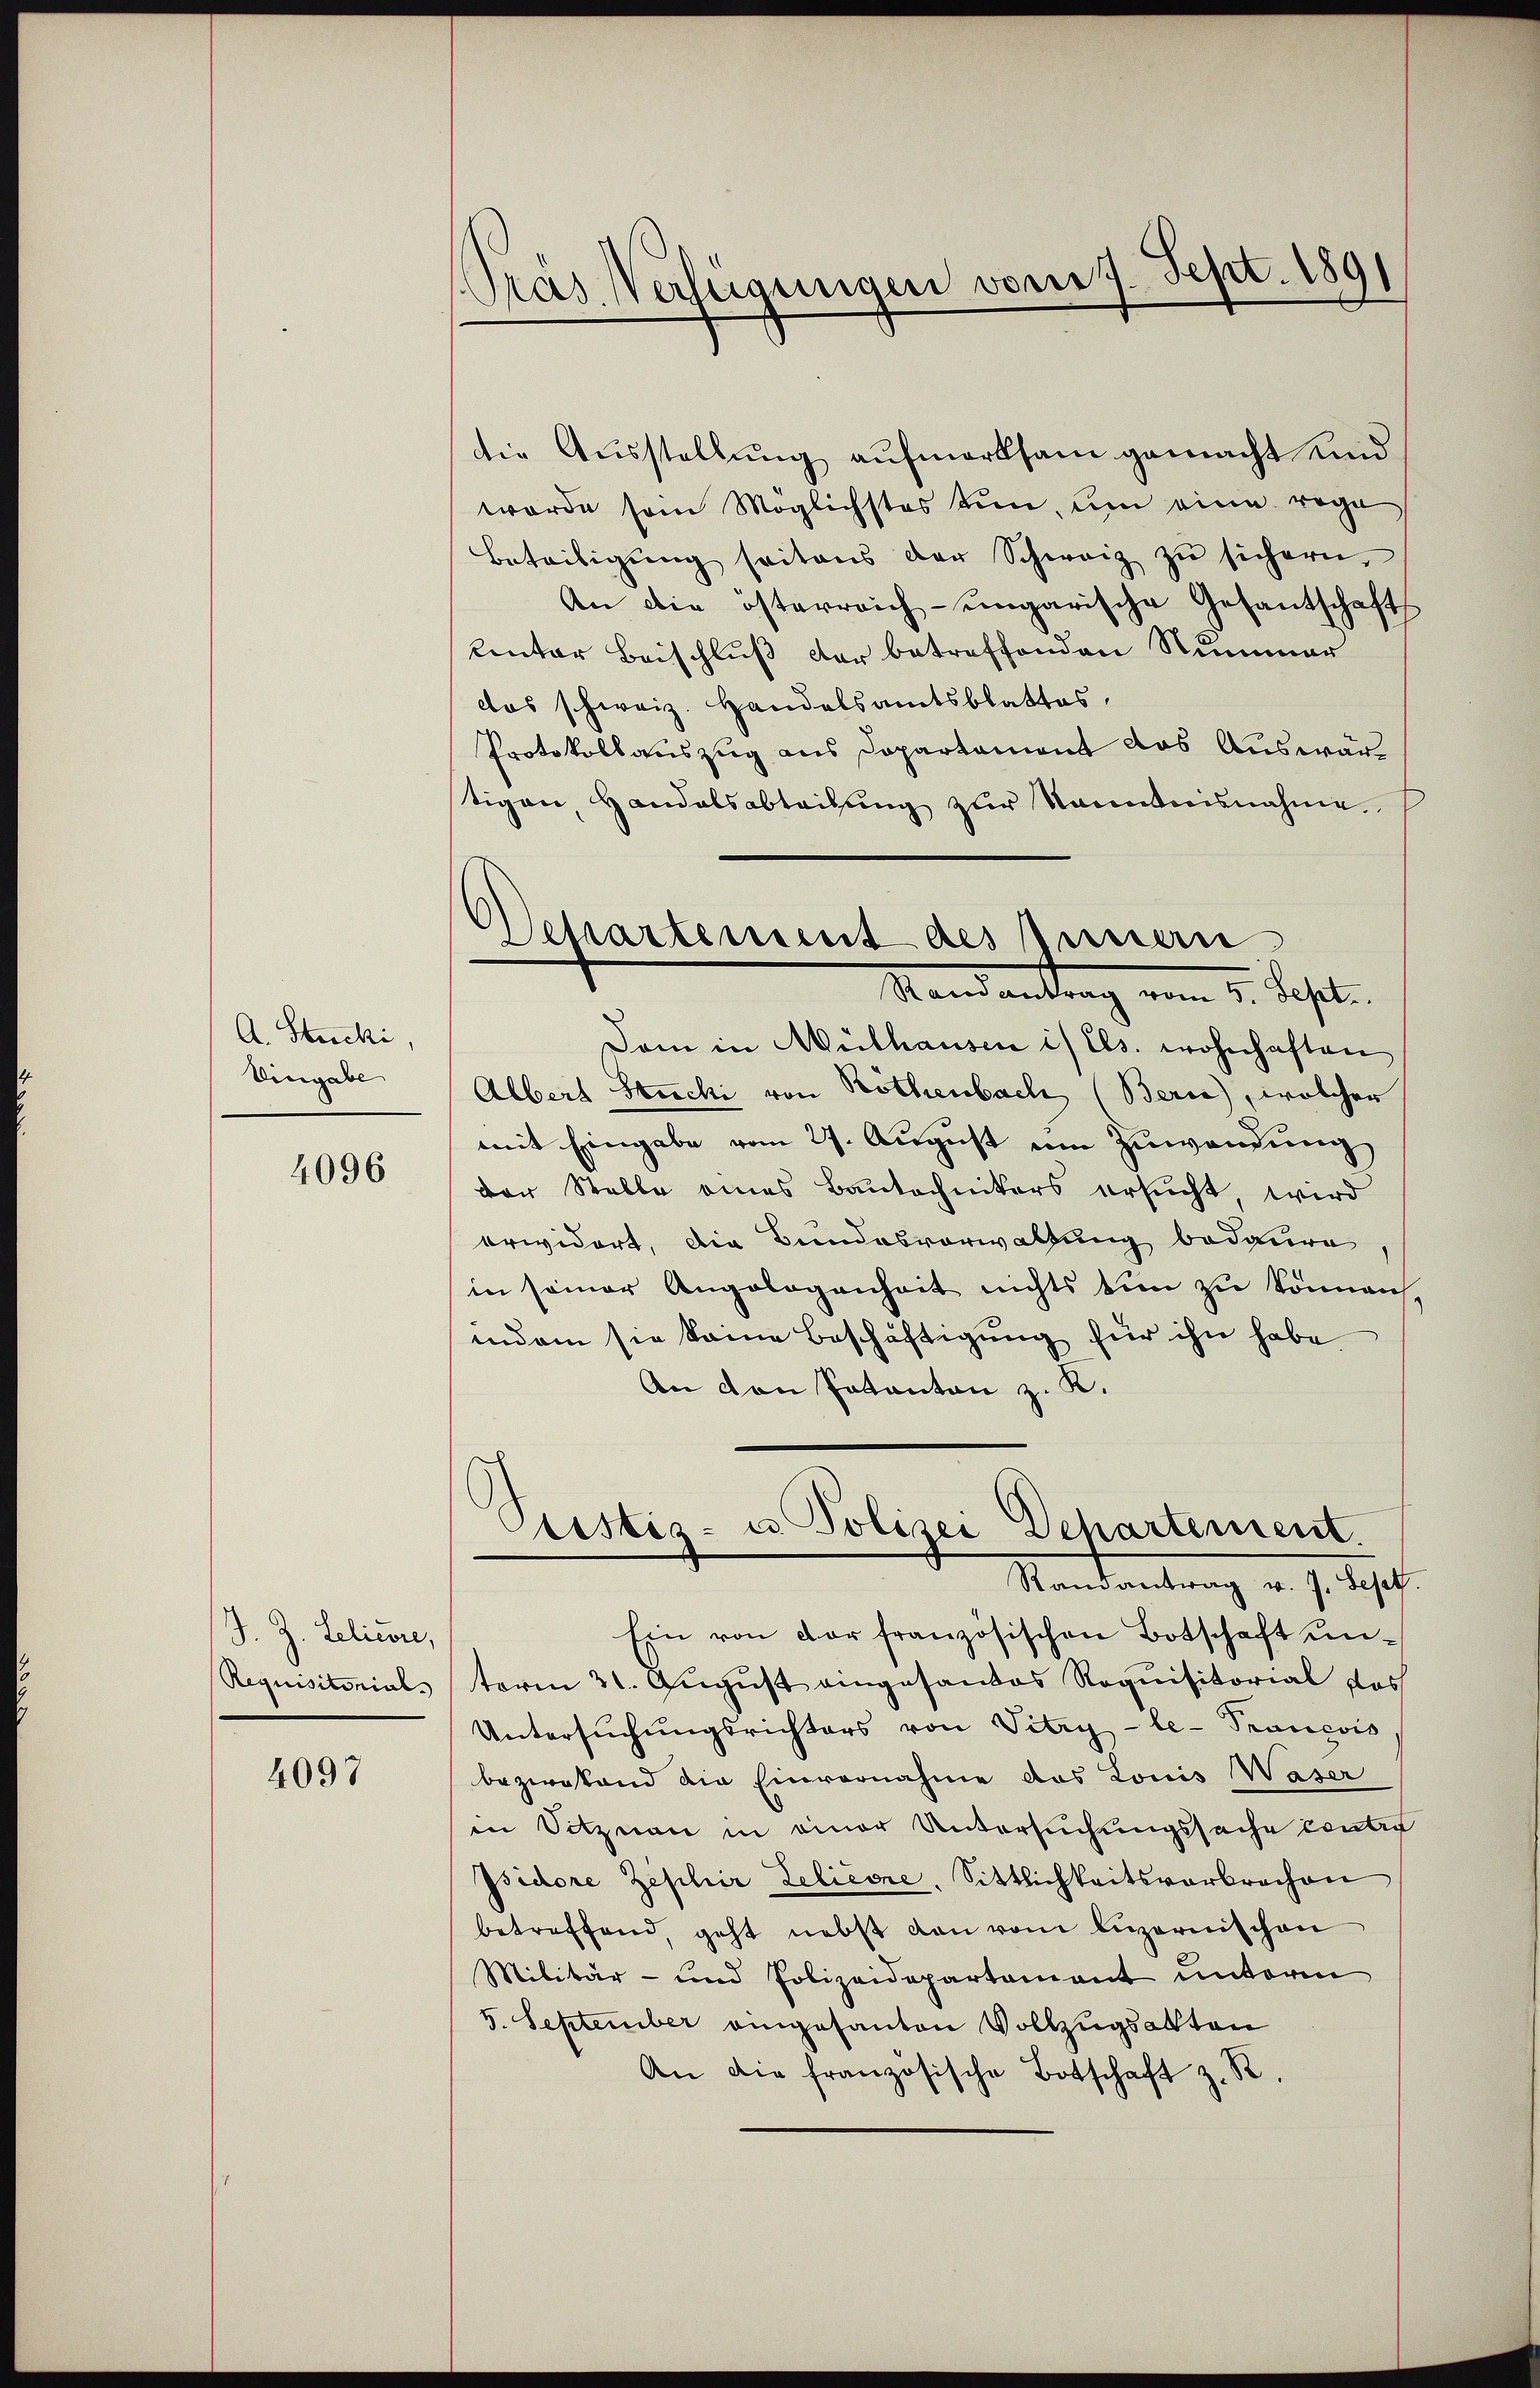
A. Stucki,
Eingabe

4096

J. Z. Lelicere,
Requisitorial.

4097

Pras Verfügungen vom 7. Sept. 1891

die Ausstellung aufmerksam gemacht und
worde sein Möglichstes tun, um eine rege
Beteiligŭng seitens der Schweiz zu sichern.
An die österreich-ungarische Gesantschaft
lentar Beischluß der betreffenden Nummer
das schweiz. Handelsamtsblattes.
Protokollauszug aus Dopartement das Auswärtigen, Handelsabteilŭng zŭr Nanntnisnahme
Dam in Mülhausen is els. wohnhaften
Albert Stucki von Rothenbach (Berne), welcher
mit Eingabe vom 27. August um Zuwendung
der Stelle eines Bautechnikers ersŭcht, wird
orwidert, die Bundesverwaltung bedaure
in seiner Angelogenheit nichts tun zu können,
indem sie keine Beschäftigung für ihn habe
An den Pakanton z. K.
Pristiz- u. Polizei Departement.
Randantrag v. J. Sept
Ein von der französischen Botschaft unteren 31. August eingesandes Requisitorial des
Untersuchungsrichters von Vitry-le- Prançois
bezwesend die Einvernahme das Louis Waser
in Sitznau in einer Untersuchungssache contir
Isidore Zeschir Zelieone. Sittlichkeitsverbrochen
betreffend, geht nebst den vom luzernischen
Militär- und Polizeidepartement unterm
5. September eingesanten Vollzugsakten
An die französische Botschaft z. B.

Departement des Innern
Randantrag vom 5. Sept.